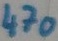
Text: 470